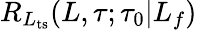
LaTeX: R_{L_{\mathrm{ts}}}(L,\tau;\tau_{0}|L_{f})